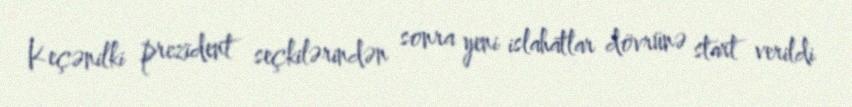
Keçənilki prezident seçkilərindən sonra yeni islahatlar dövrünə start verildi